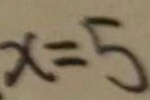
x = 5